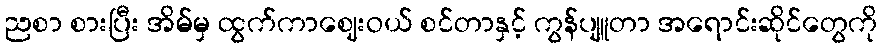
ညစာ စားပြီး အိမ်မှ ထွက်ကာဈေးဝယ် စင်တာနှင့် ကွန်ပျူတာ အရောင်းဆိုင်တွေကို